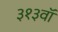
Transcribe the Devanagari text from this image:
३१३वॉ